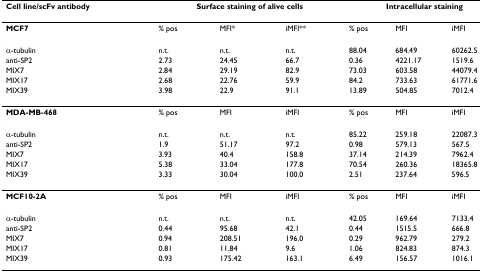
<table><thead><tr><td><b>Cell line/scFv antibody</b></td><td colspan="3"><b>Surface staining of alive cells</b></td><td colspan="3"><b>Intracellular staining</b></td></tr></thead><tbody><tr><td><b>MCF7</b></td><td>% pos</td><td>MFI*</td><td>iMFI**</td><td>% pos</td><td>MFI</td><td>iMFI</td></tr><tr><td>α-tubulin</td><td>n.t.</td><td>n.t.</td><td>n.t.</td><td>88.04</td><td>684.49</td><td>60262.5</td></tr><tr><td>anti-SP2</td><td>2.73</td><td>24.45</td><td>66.7</td><td>0.36</td><td>4221.17</td><td>1519.6</td></tr><tr><td>MIX7</td><td>2.84</td><td>29.19</td><td>82.9</td><td>73.03</td><td>603.58</td><td>44079.4</td></tr><tr><td>MIX17</td><td>2.68</td><td>22.76</td><td>59.9</td><td>84.2</td><td>733.63</td><td>61771.6</td></tr><tr><td>MIX39</td><td>3.98</td><td>22.9</td><td>91.1</td><td>13.89</td><td>504.85</td><td>7012.4</td></tr><tr><td><b>MDA-MB-468</b></td><td>% pos</td><td>MFI</td><td>iMFI</td><td>% pos</td><td>MFI</td><td>iMFI</td></tr><tr><td>α-tubulin</td><td>n.t.</td><td>n.t.</td><td>n.t.</td><td>85.22</td><td>259.18</td><td>22087.3</td></tr><tr><td>anti-SP2</td><td>1.9</td><td>51.17</td><td>97.2</td><td>0.98</td><td>579.13</td><td>567.5</td></tr><tr><td>MIX7</td><td>3.93</td><td>40.4</td><td>158.8</td><td>37.14</td><td>214.39</td><td>7962.4</td></tr><tr><td>MIX17</td><td>5.38</td><td>33.04</td><td>177.8</td><td>70.54</td><td>260.36</td><td>18365.8</td></tr><tr><td>MIX39</td><td>3.33</td><td>30.04</td><td>100.0</td><td>2.51</td><td>237.64</td><td>596.5</td></tr><tr><td><b>MCF10-2A</b></td><td>% pos</td><td>MFI</td><td>iMFI</td><td>% pos</td><td>MFI</td><td>iMFI</td></tr><tr><td>α-tubulin</td><td>n.t.</td><td>n.t.</td><td>n.t.</td><td>42.05</td><td>169.64</td><td>7133.4</td></tr><tr><td>anti-SP2</td><td>0.44</td><td>95.68</td><td>42.1</td><td>0.44</td><td>1515.5</td><td>666.8</td></tr><tr><td>MIX7</td><td>0.94</td><td>208.51</td><td>196.0</td><td>0.29</td><td>962.79</td><td>279.2</td></tr><tr><td>MIX17</td><td>0.81</td><td>11.84</td><td>9.6</td><td>1.06</td><td>824.83</td><td>874.3</td></tr><tr><td>MIX39</td><td>0.93</td><td>175.42</td><td>163.1</td><td>6.49</td><td>156.57</td><td>1016.1</td></tr></tbody></table>